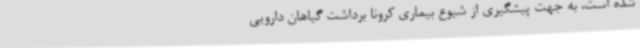
شده است، به جهت پیشگیری از شیوع بیماری کرونا برداشت گیاهان دارویی